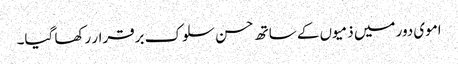
اموی دور میں ذمیوں کے ساتھ حسن سلوک برقرار رکھا گیا۔